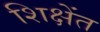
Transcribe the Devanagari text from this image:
शिक्षेंत